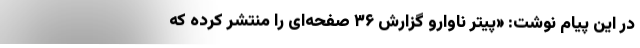
در این پیام نوشت: «پیتر ناوارو گزارش ۳۶ صفحه‌ای را منتشر کرده که